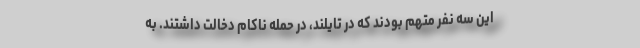
این سه نفر متهم بودند که در تایلند، در حمله ناکام دخالت داشتند. به